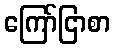
ကြော်ငြာစာ